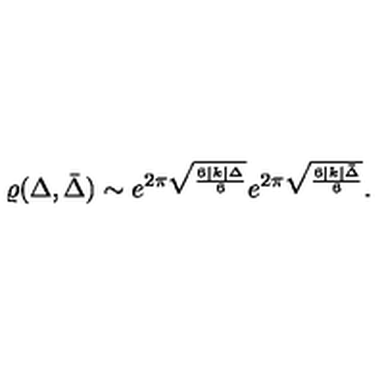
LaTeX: \varrho ( \Delta , \bar { \Delta } ) \sim e ^ { 2 \pi \sqrt { \frac { 6 | k | \Delta } { 6 } } } e ^ { 2 \pi \sqrt { \frac { 6 | k | \bar { \Delta } } { 6 } } } .